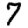
Digit: 7